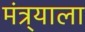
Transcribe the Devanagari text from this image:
मंत्र्याला